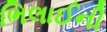
ભિલાઈની